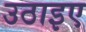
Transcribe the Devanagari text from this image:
उठाइए